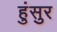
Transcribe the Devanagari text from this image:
हुंसुर